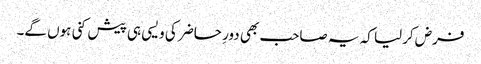
فرض کرلیا کہ یہ صاحب بھی دورِ حاضر کی ویسی ہی پیش کنی ہوں گے۔